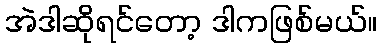
အဲဒါဆိုရင်တော့ ဒါကဖြစ်မယ်။